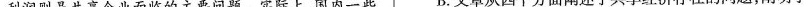
利润则是共享企业面临的主要问题。实际上，国内一些 B.文章从四个方面阐述了共享经济存在的问题，阐明了